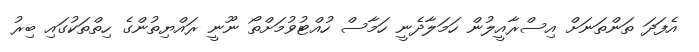
އެފަދަ ތަންތަނަށް އިސްރާއީލުން ހަމަލާދެނީ ހަމާސް ހުއްޓުވުމަށްތޯ ނޫނީ ރައްޔިތުންގެ ހިތްތަކުގައި ބިރު